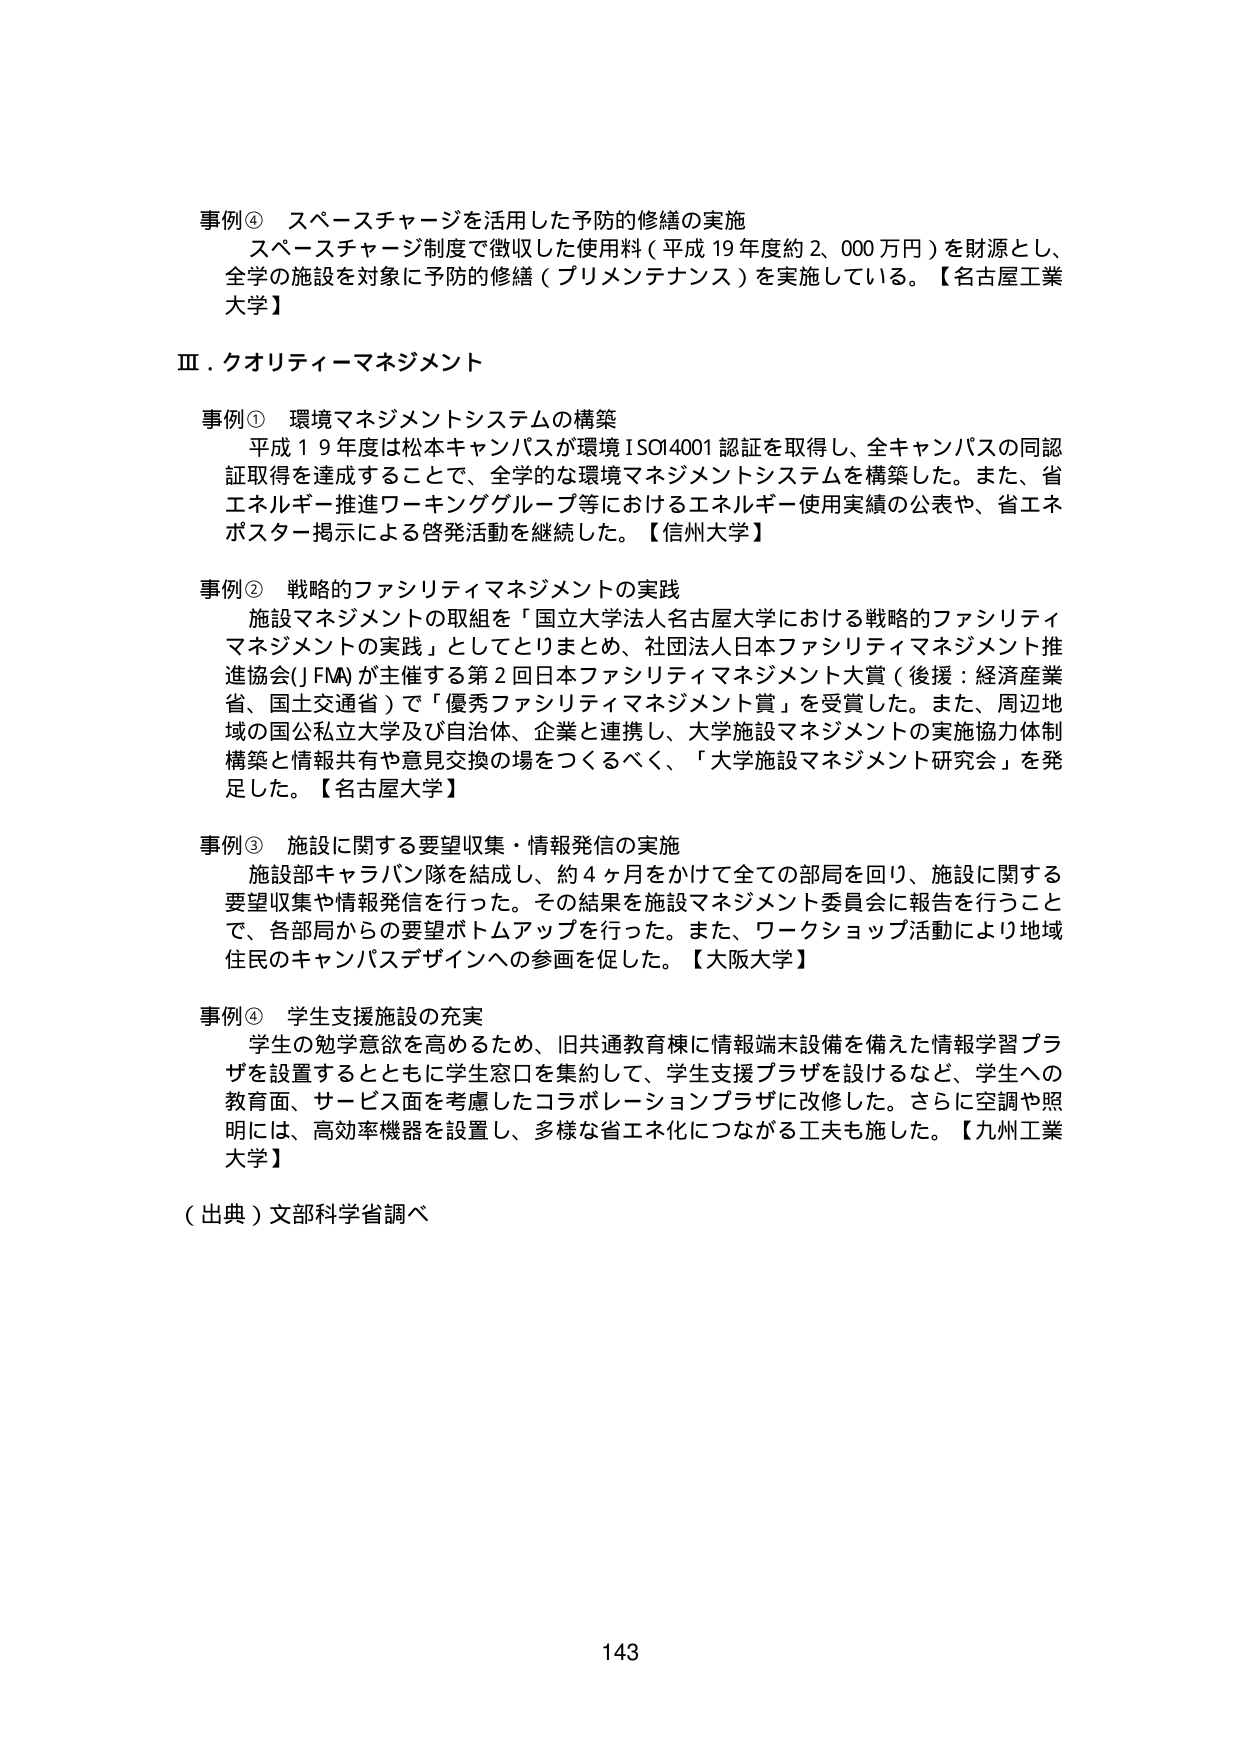
事例④ スペースチャージを活用した予防的修繕の実施
スペースチャージ制度で徴収した使用料（平成19年度約2,000万円）を財源とし、
全学の施設を対象に予防的修繕（プリメンテナンス）を実施している。【名古屋工業大学】

Ⅲ．クオリティーマネジメント

事例① 環境マネジメントシステムの構築
平成19年度は松本キャンパスが環境ISO14001認証を取得し、全キャンパスの同認証取得を達成することで、全学的な環境マネジメントシステムを構築した。また、省エネルギー推進ワーキンググループ等におけるエネルギー使用実績の公表や、省エネポスター掲示による啓発活動を継続した。【信州大学】

事例② 戦略的ファシリティマネジメントの実践
施設マネジメントの取組を「国立大学法人名古屋大学における戦略的ファシリティマネジメントの実践」としてとりまとめ、社団法人日本ファシリティマネジメント推進協会（JFMA）が主催する第2回日本ファシリティマネジメント大賞（後援：経済産業省、国土交通省）で「優秀ファシリティマネジメント賞」を受賞した。また、周辺地域の国立公立大学及び自治体、企業と連携し、大学施設マネジメントの実施協力体制構築と情報共有や意見交換の場をつくるべく、「大学施設マネジメント研究会」を発足した。【名古屋大学】

事例③ 施設に関する要望収集・情報発信の実施
施設部キャラバン隊を結成し、約4ヶ月をかけて全ての部局を回り、施設に関する要望収集や情報発信を行った。その結果を施設マネジメント委員会に報告を行うことで、各部局からの要望ボトムアップを行った。また、ワークショップ活動により地域住民のキャンパスデザインへの参画を促した。【大阪大学】

事例④ 学生支援施設の充実
学生の勉学意欲を高めるため、旧共通教育棟に情報端末設備を備えた情報学習プラザを設置するとともに学生窓口を集約して、学生支援プラザを設けるなど、学生への教育面、サービス面を考慮したコラボレーションプラザに改修した。さらに空調や照明には、高効率機器を設置し、多様な省エネ化につながる工夫も施した。【九州工業大学】

（出典）文部科学省調べ

143